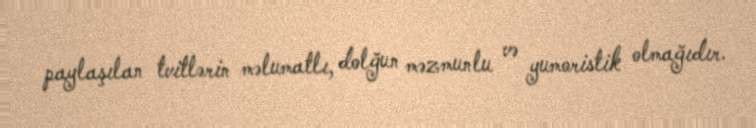
paylaşılan tvitlərin məlumatlı, dolğun məzmunlu və yumoristik olmağıdır.